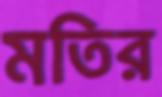
মতির